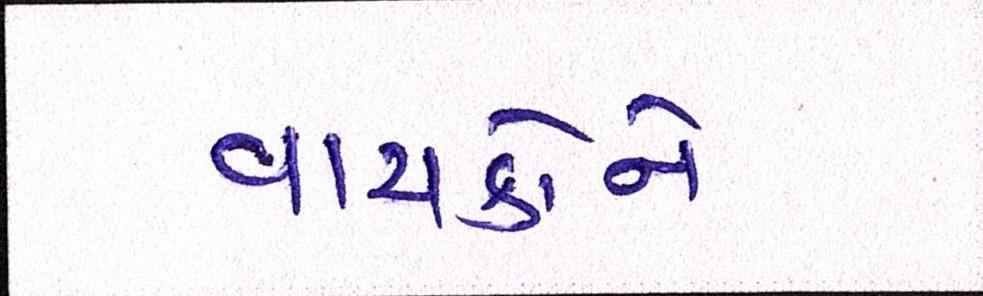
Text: વાચકોને